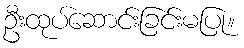
ဦးထုပ်ဆောင်းခြင်းမပြု။